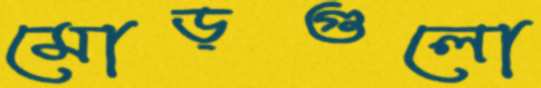
মোড়গুলো